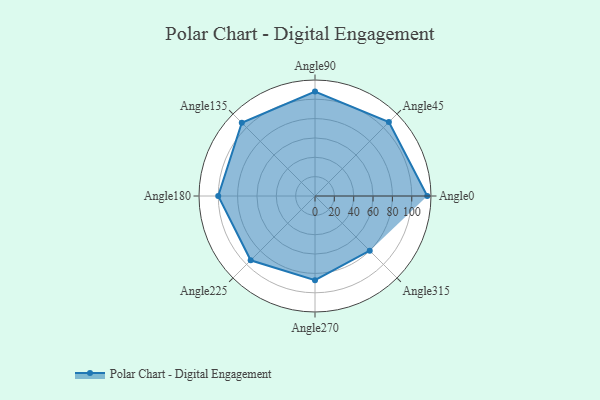
{"axis": {"x": "Angle", "y": "Radius"}, "legend": [""], "data": [{"x": "Angle0", "y": 116.0, "type": ""}, {"x": "Angle45", "y": 108.0, "type": ""}, {"x": "Angle90", "y": 108.0, "type": ""}, {"x": "Angle135", "y": 107.0, "type": ""}, {"x": "Angle180", "y": 100.0, "type": ""}, {"x": "Angle225", "y": 94.0, "type": ""}, {"x": "Angle270", "y": 87.0, "type": ""}, {"x": "Angle315", "y": 80.0, "type": ""}]}